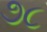
૭૮